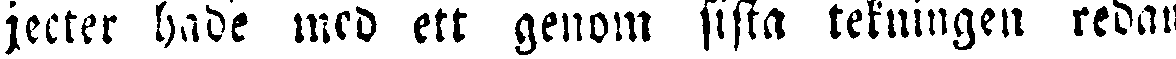
jecter hade med ett genom sista tekningen redan